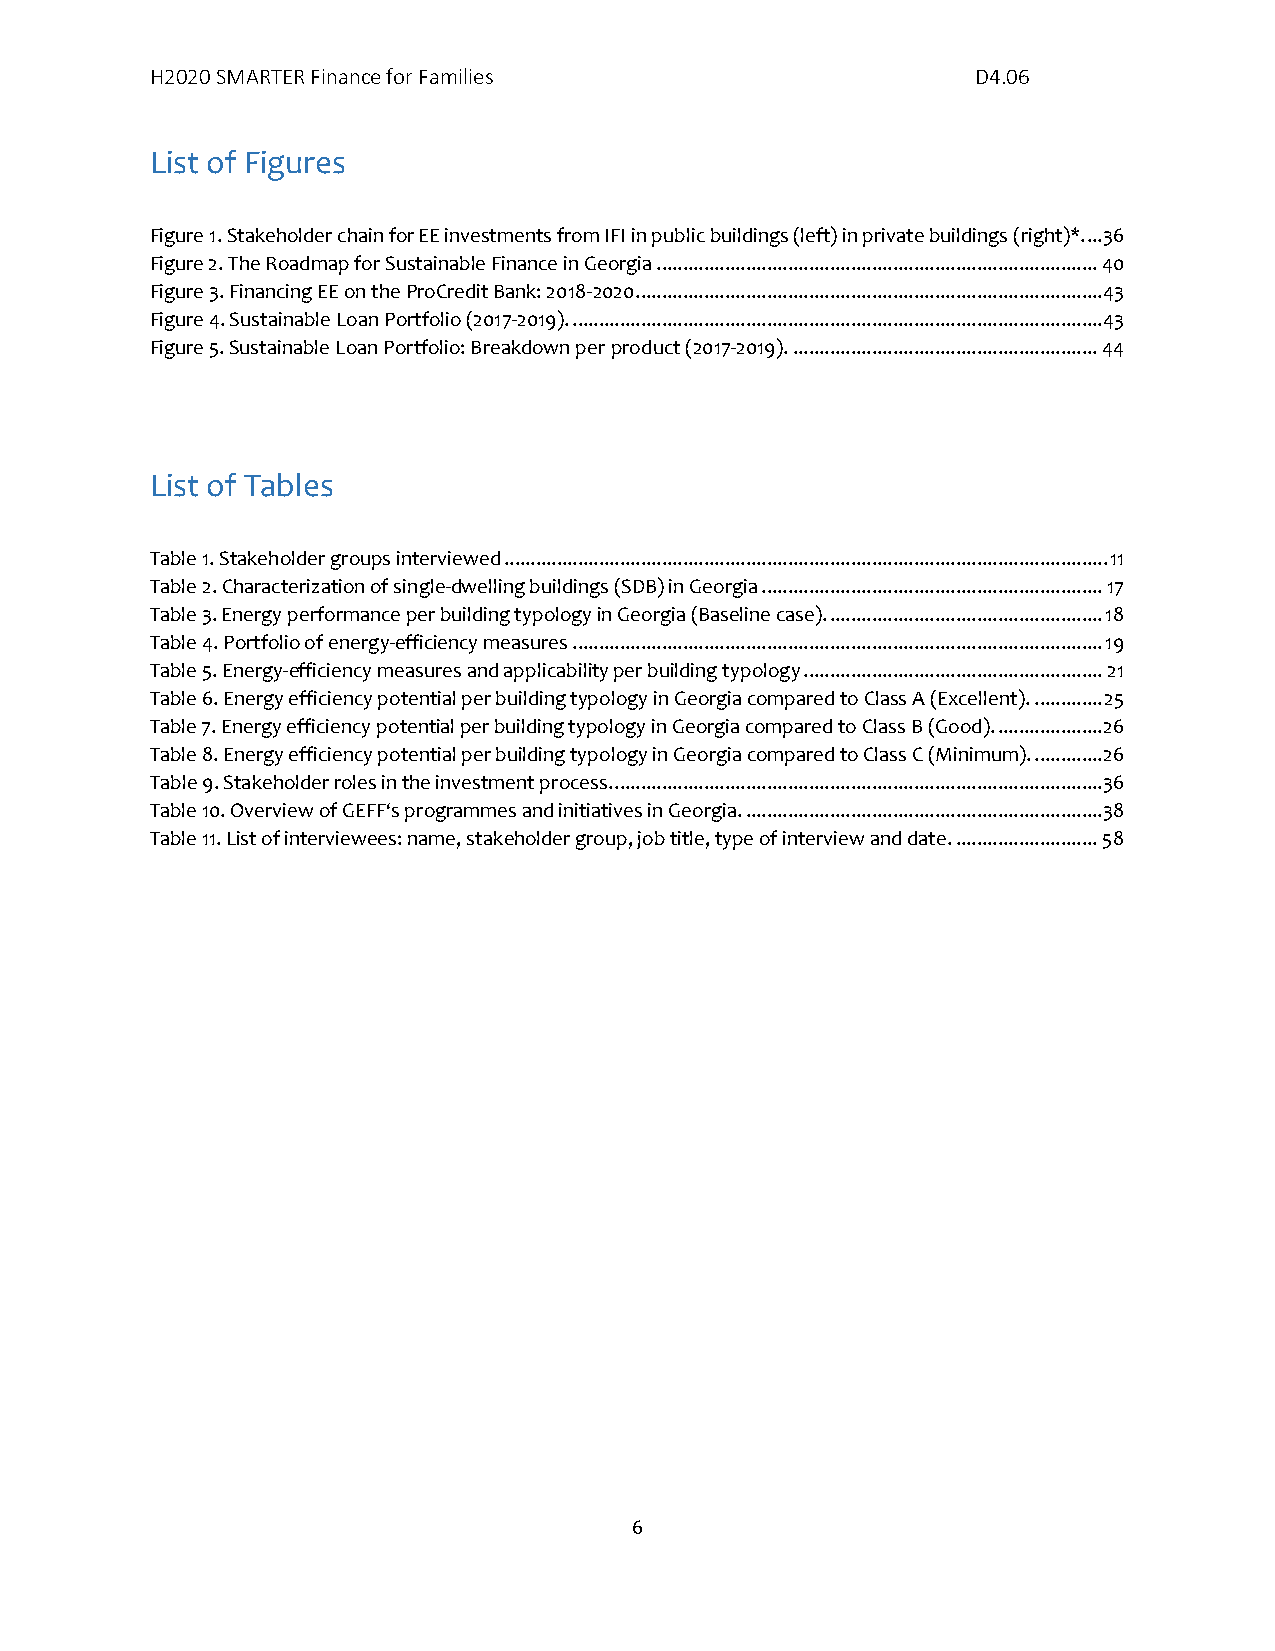
H2020 SMARTER Finance for Families                     D4.06
 List of Figures
 Figure 1. Stakeholder chain for EE investments from IFI in public buildings (left) in private buildings (right)*. ...36
 Figure 2. The Roadmap for Sustainable Finance in Georgia .................................................................................... 40
 Figure 3. Financing EE on the ProCredit Bank: 2018-2020 ......................................................................................... 43
 Figure 4. Sustainable Loan Portfolio (2017-2019). ..................................................................................................... 43
 Figure 5. Sustainable Loan Portfolio: Breakdown per product (2017-2019). .......................................................... 44
 List of Tables
 Table 1. Stakeholder groups interviewed ................................................................................................................... 11
 Table 2. Characterization of single-dwelling buildings (SDB) in Georgia ................................................................. 17
 Table 3. Energy performance per building typology in Georgia (Baseline case). .................................................... 18
 Table 4. Portfolio of energy-efficiency measures ..................................................................................................... 19
 Table 5. Energy-efficiency measures and applicability per building typology ......................................................... 21
 Table 6. Energy efficiency potential per building typology in Georgia compared to Class A (Excellent). ............. 25
 Table 7. Energy efficiency potential per building typology in Georgia compared to Class B (Good). .................... 26
 Table 8. Energy efficiency potential per building typology in Georgia compared to Class C (Minimum). ............. 26
 Table 9. Stakeholder roles in the investment process. .............................................................................................36
 Table 10. Overview of GEFF‘s programmes and initiatives in Georgia. ....................................................................38
 Table 11. List of interviewees: name, stakeholder group, job title, type of interview and date. ........................... 58
 6